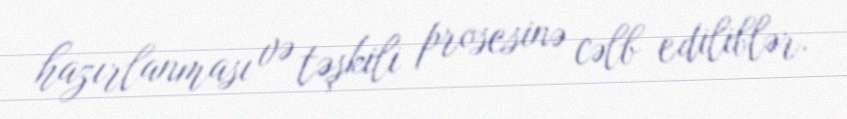
hazırlanması və təşkili prosesinə cəlb ediliblər.